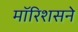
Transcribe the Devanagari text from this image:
मॉरिशसने